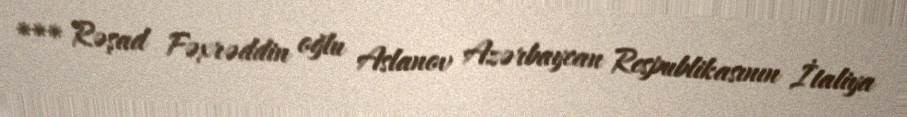
*** Rəşad Fəxrəddin oğlu Aslanov Azərbaycan Respublikasının İtaliya